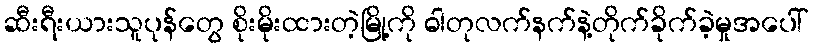
ဆီးရီးယားသူပုန်တွေ စိုးမိုးထားတဲ့မြို့ကို ဓါတုလက်နက်နဲ့တိုက်ခိုက်ခဲ့မှုအပေါ်